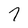
Character: 7